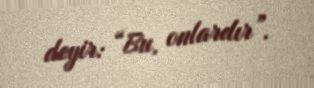
deyir: “Bu, onlardır”.